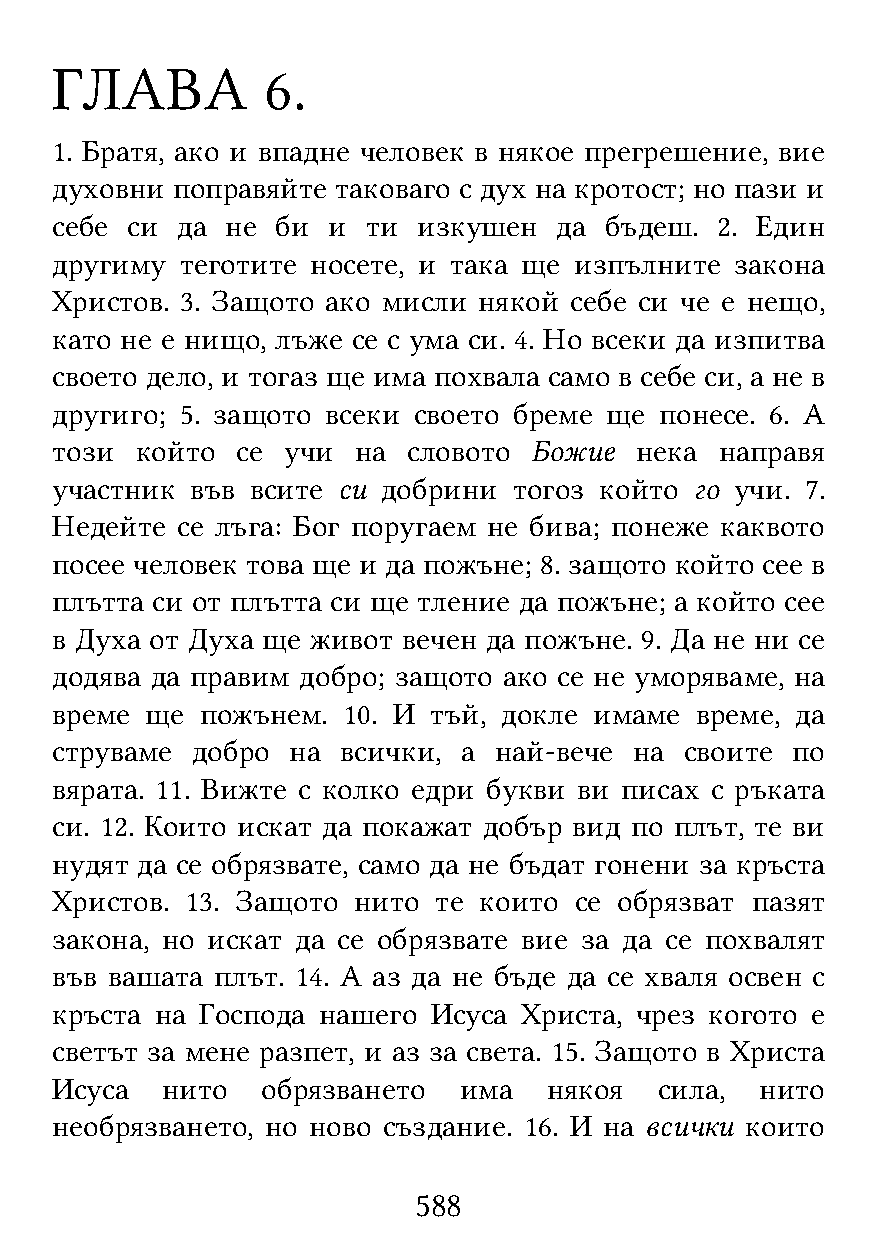
ГЛАВА          6.
 1. Братя, ако и впадне человек в някое прегрешение, вие
 духовни поправяйте таковаго с дух на кротост; но пази и
 себе си  да не би  и ти  изкушен  да бъдеш. 2. Един
 другиму  теготите носете, и така ще изпълните закона
 Христов. 3. Защото ако мисли някой себе си че е нещо,
 като не е нищо, лъже се с ума си. 4. Но всеки да изпитва
 своето дело, и тогаз ще има похвала само в себе си, а не в
 другиго; 5. защото всеки своето бреме ще понесе. 6. А
 този  който  се учи  на словото Божие  нека  направя
 участник  във всите си добрини тогоз който го учи. 7.
 Недейте  се лъга: Бог поругаем не бива; понеже каквото
 посее человек това ще и да пожъне; 8. защото който сее в
 плътта си от плътта си ще тление да пожъне; а който сее
 в Духа от Духа ще живот вечен да пожъне. 9. Да не ни се
 додява да правим добро; защото ако се не уморяваме, на
 време  ще пожънем.  10. И тъй, докле имаме време, да
 струваме  добро на  всички, а най-вече на своите по
 вярата. 11. Вижте с колко едри букви ви писах с ръката
 си. 12. Които искат да покажат добър вид по плът, те ви
 нудят да се обрязвате, само да не бъдат гонени за кръста
 Христов. 13. Защото нито  те които се обрязват пазят
 закона, но искат да се обрязвате вие за да се похвалят
 във вашата плът. 14. А аз да не бъде да се хваля освен с
 кръста на Господа нашего  Исуса Христа, чрез когото е
 светът за мене разпет, и аз за света. 15. Защото в Христа
 Исуса   нито  обрязването  има   някоя   сила, нито
 необрязването, но ново създание. 16. И на всички които
 588